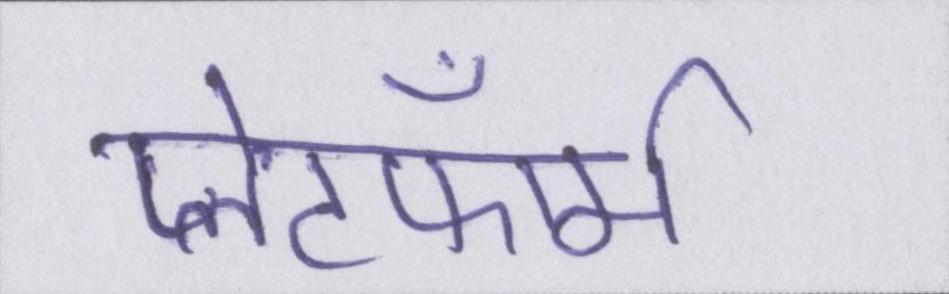
प्लेटफॉर्म